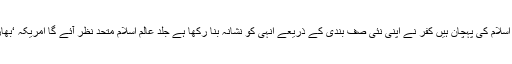
عالم کفر جانتے ہیں کہ پاکستان اور سعودی عرب اسلام کی پہچان ہیں کفر نے اپنی نئی صف بندی کے ذریعے انہی کو نشانہ بنا رکھا ہے جلد عالم اسلام متحد نظر آئے گا امریکہ ‘بھارت ‘ اسرائیل مسلم ممالک کا کچھ نہیں بگاڑ سکتا۔